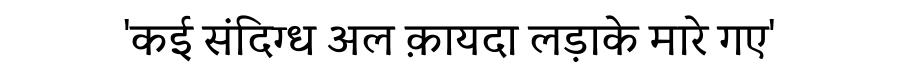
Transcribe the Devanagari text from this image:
'कई संदिग्ध अल क़ायदा लड़ाके मारे गए'